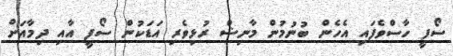
ސޯފީ ހާސްވެފައި އެހެން ބުނުމުން މާނިޝް ރުޅިވެރި އަޑަކުން ސޯފީ އާއި ދިމާއަށް